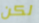
لكن